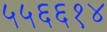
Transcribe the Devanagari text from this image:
५५६६१४